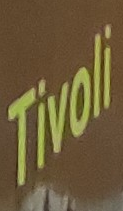
Tivoli